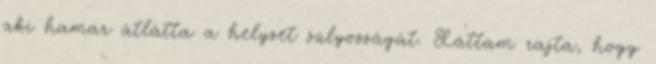
aki hamar átlátta a helyzet súlyosságát. Láttam rajta, hogy